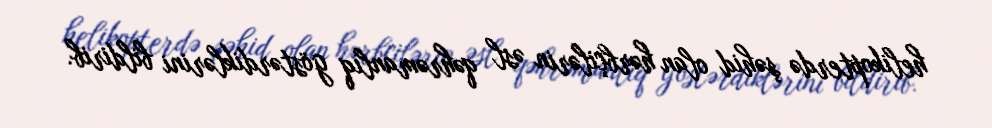
helikopterdə şəhid olan hərbçilərin əsl qəhrəmanlıq göstərdiklərini bildirib.